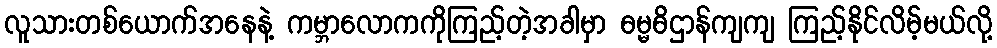
လူသားတစ်ယောက်အနေနဲ့ ကမ္ဘာလောကကိုကြည့်တဲ့အခါမှာ ဓမ္မဓိဌာန်ကျကျ ကြည့်နိုင်လိမ့်မယ်လို့